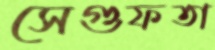
সেগুফতা